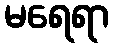
မရေရာ